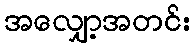
အလျှော့အတင်း